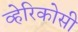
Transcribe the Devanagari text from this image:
व्हेरिकोसी